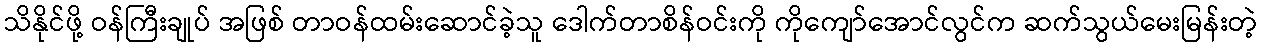
သိနိုင်ဖို့ ဝန်ကြီးချုပ် အဖြစ် တာဝန်ထမ်းဆောင်ခဲ့သူ ဒေါက်တာစိန်ဝင်းကို ကိုကျော်အောင်လွင်က ဆက်သွယ်မေးမြန်းတဲ့